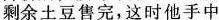
剩余土豆售完，这时他手中